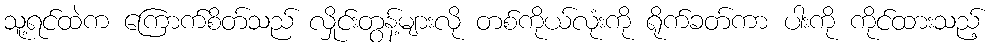
သူ့ရင်ထဲက ကြောက်စိတ်သည် လှိုင်းတွန့်များလို တစ်ကိုယ်လုံးကို ရိုက်ခတ်ကာ ပါးကို ကိုင်ထားသည့်